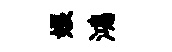
娘鴻